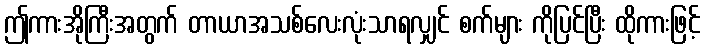
ဤကားအိုကြီးအတွက် တာယာအသစ်လေးလုံးသာရလျှင် စက်များ ကိုပြင်ပြီး ထိုကားဖြင့်